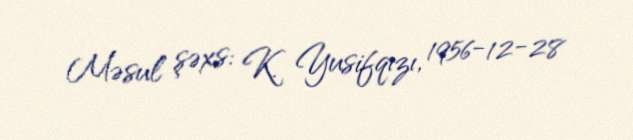
Məsul şəxs: K. Yusifqızı, 1956-12-28